Annual report of the Punjab Veterinary College and of the Civil Veterinary Department, Punjab - 1926-1932
Year: 1926
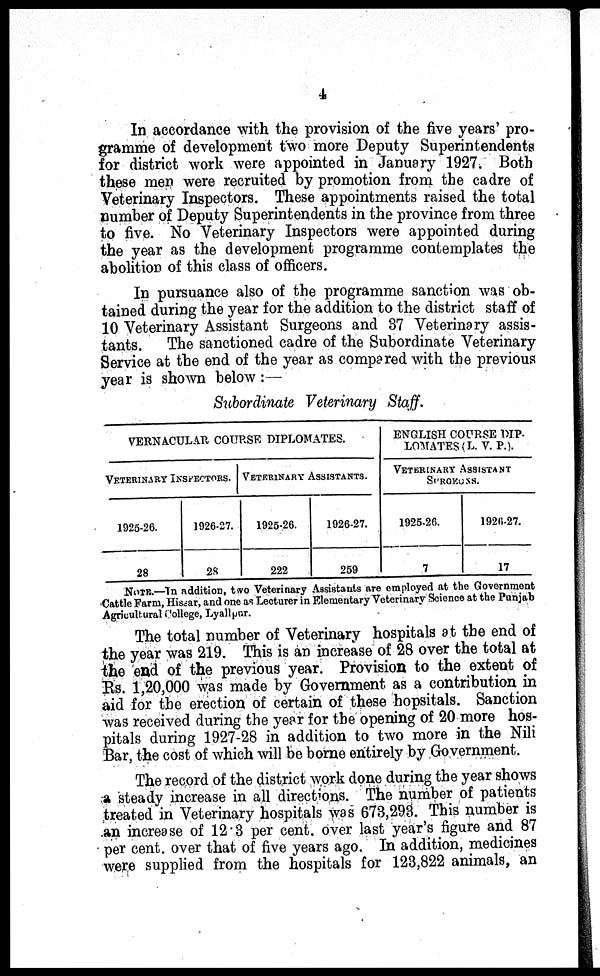
4
In accordance with the provision of the five years' pro-
gramme of development two more Deputy Superintendents
for district work were appointed in January 1927. Both
these men were recruited by promotion from the cadre of
Veterinary Inspectors. These appointments raised the total
number of Deputy Superintendents in the province from three
to five. No Veterinary Inspectors were appointed during
the year as the development programme contemplates the
abolition of this class of officers.
In pursuance also of the programme sanction was ob-
tained during the year for the addition to the district staff of
10 Veterinary Assistant Surgeons and 37 Veterinary assis-
tants. The sanctioned cadre of the Subordinate Veterinary
Service at the end of the year as compared with the previous
year is shown below:—
Subordinate Veterinary Staff.
VERNACULAR COURSE DIPLOMATES.
VETERINARY
INSPECTORS.
1925-26.
28
1926-27.
28
VETERINARY ASSISTANTS.
1925-26.
222
1926-27.
259
ENGLISH COURSE DIP-
LOMATES (L. V. P. ).
VETERINARY ASSISTANTS
SURGEONS.
1925-26.
7
1926-27.
17
NOTE.—In addition, two Veterinary Assistants are employed at the Government
Cattle Farm, Hissar, and one as Lecturer in Elementary Veterinary Science at the Punjab
Agricultural College, Lyallpur.
The total number of Veterinary hospitals at the end of
the year was 219. This is an increase of 28 over the total at
the end of the previous year. Provision to the extent of
Rs. 1,20,000 was made by Government as a contribution in
aid for the erection of certain of these hopsitals. Sanction
was received during the year for the opening of 20 more hos-
pitals during 1927-28 in addition to two more in the Nili
Bar, the cost of which will be borne entirely by Government.
The record of the district work done during the year shows
a steady increase in all directions. The number of patients
treated in Veterinary hospitals was 673,293. This number is
an increase of 12.3 per cent. over last year's figure and 87
per cent. over that of five years ago. In addition, medicines
were supplied from the hospitals for 123,822 animals, an